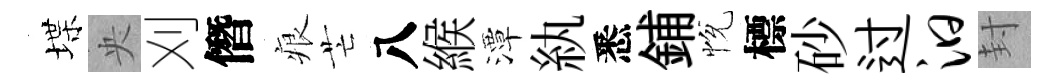
堞央刈僭痕芒八緱潭紈悉鋪恱標砂过汩封